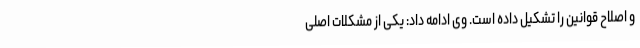
و اصلاح قوانین را تشکیل داده است. وی ادامه داد: یکی از مشکلات اصلی